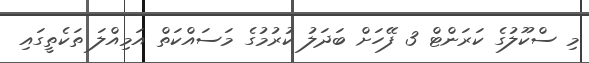
މި ސްކޫލުގެ ކަރަންޓް 3 ފޭހަށް ބަދަލު ކުރުމުގެ މަސައްކަތް އަމިއްލަ ތަކެތީގައި